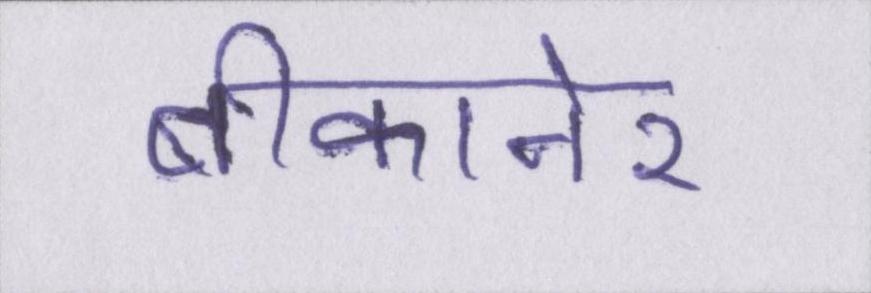
बीकानेर